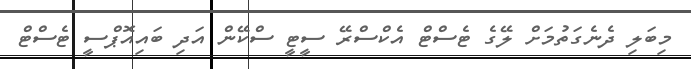
މިބަލި ދެނެގަތުމަށް ލޭގެ ޓެސްޓް އެކްސްރޭ ސީޓީ ސްކޭން އަދި ބައިއޮޕްސީ ޓެސްޓް